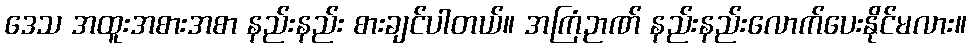
ဒေသ အထူးအစားအစာ နည်းနည်း စားချင်ပါတယ်။ အကြံဉာဏ် နည်းနည်းလောက်ပေးနိုင်မလား။